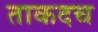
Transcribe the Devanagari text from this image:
ताकदच